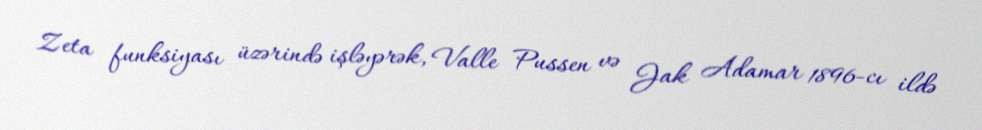
Zeta funksiyası üzərində işləyərək, Valle Pussen və Jak Adamar 1896-cı ildə